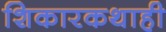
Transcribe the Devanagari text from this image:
शिकारकथाही